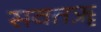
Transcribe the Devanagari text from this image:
सवतॠ